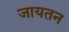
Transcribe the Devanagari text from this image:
जायतन